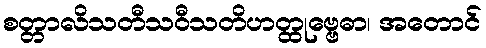
စတ္တာလိသတီသဝီသတိဟတ္ထုဗ္ဗေဓာ၊ အတောင်